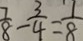
\frac { 7 } { 8 } - \frac { 3 } { 4 } = \frac { 1 } { 8 }